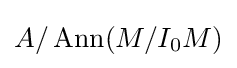
A/\operatorname {Ann} (M/I_{0}M)